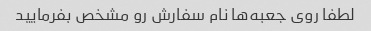
لطفا روی جعبه‌ها نام سفارش رو مشخص بفرمایید